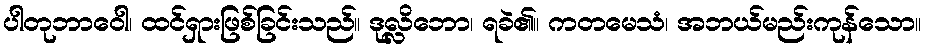
ပါတုဘာဝေါ၊ ထင်ရှားဖြစ်ခြင်းသည်။ ဒုလ္လိဘော၊ ရခဲ၏။ ကတမေသံ၊ အဘယ်မည်းကုန်သော။